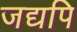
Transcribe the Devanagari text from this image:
जद्यपि